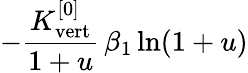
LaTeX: -\frac{K_{\mathrm{vert}}^{[0]}}{1+u}\, \beta_{1}\ln(1+u)